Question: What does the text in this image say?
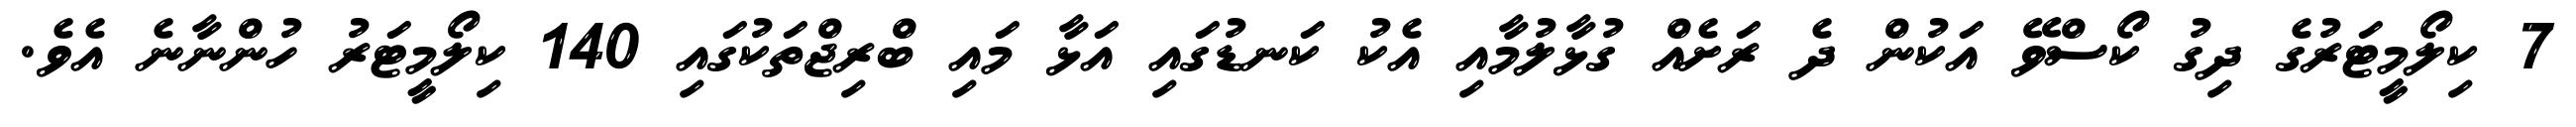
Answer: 7 ކިލޯމީޓަރުގެ ދިގު ކޯސްވޭ އަކުން ދެ ރަށެއް ގުޅާލުމާއި އެކު ކަނޑުގައި އަޅާ މައި ބްރިޖްތަކުގައި 140 ކިލޯމީޓަރު ހުންނާނެ އެވެ.